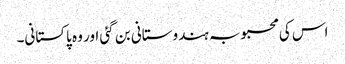
اس کی محبوبہ ہندوستانی بن گئی اور وہ پاکستانی۔